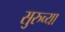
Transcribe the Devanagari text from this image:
सुरुच्या